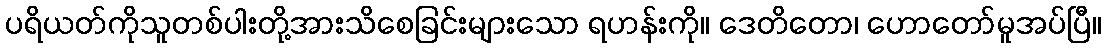
ပရိယတ်ကိုသူတစ်ပါးတို့အားသိစေခြင်းများသော ရဟန်းကို။ ဒေတိတော၊ ဟောတော်မူအပ်ပြီ။